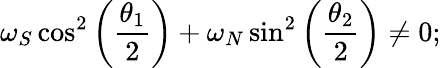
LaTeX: \omega_{S}\cos^{2}\left(\frac{\theta_{1}}{2}\right)+\omega_{N}\sin^{2}\left(\frac{\theta_{2}}{2}\right)\neq 0;